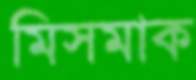
মিসমাক